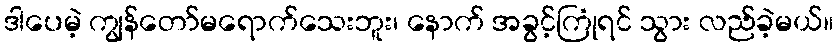
ဒါပေမဲ့ ကျွန်တော်မရောက်သေးဘူး၊ နောက် အခွင့်ကြုံရင် သွား လည်ခဲ့မယ်။